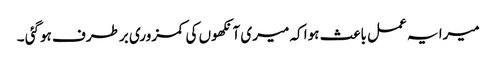
میرا یہ عمل باعث ہوا کہ میری آنکھوں کی کمزوری برطرف ہوگئی ۔